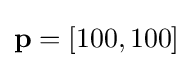
\mathbf {p} =[100,100]